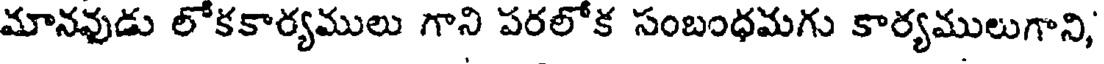
మానవుడు లోకకార్యములు గాని పరలోక సంబంధమగు కార్యములుగాని,